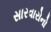
સારવારોનો